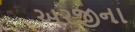
અરજીના